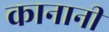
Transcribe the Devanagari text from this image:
कानानी